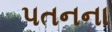
પતનના